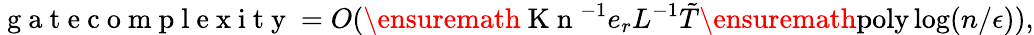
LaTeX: \mathrm{~g~a~t~e~c~o~m~p~l~e~x~i~t~y~}=O(\ensuremath{\mathrm{~K~n~}}^{-1}e_{r}L^{-1}\tilde{T}\ensuremath{\operatorname{poly}}\log(n/\epsilon)),